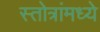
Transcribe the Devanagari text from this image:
स्तोत्रांमध्ये